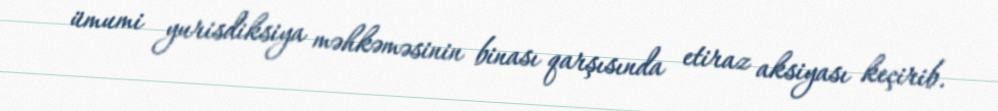
ümumi yurisdiksiya məhkəməsinin binası qarşısında etiraz aksiyası keçirib.